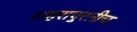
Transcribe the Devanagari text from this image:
शहरापुरतीच